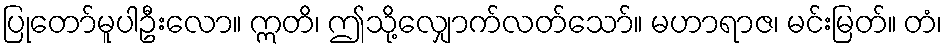
ပြုတော်မူပါဦးလော။ ဣတိ၊ ဤသို့လျှောက်လတ်သော်။ မဟာရာဇ၊ မင်းမြတ်။ တံ၊